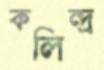
কলিন্দ্র